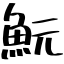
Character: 魭